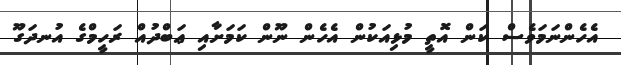
އެހެންނަމަވެސް ކަން އޮތީ މުޅިއަކުން އެހެން ނޫން ކަމަށާއި ޢަބްދުއް ރަހީމްގެ އުނދަގޫ